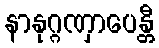
နာနုဂ္ဂဏှာပေန္တီ